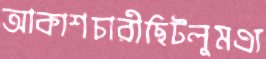
আকাশচারীছিটলুমএ্য